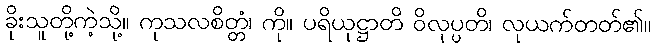
ခိုးသူတို့ကဲ့သို့။ ကုသလစိတ္တံ၊ ကို။ ပရိယုဋ္ဌာတိ ဝိလုပ္ပတိ၊ လုယက်တတ်၏။